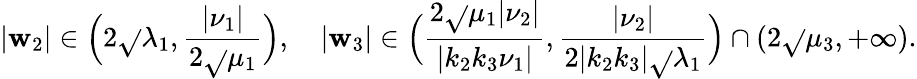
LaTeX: |\mathbf{w}_{2}|\in\Big(2\sqrt{}{{\lambda_{1}}},\frac{{|\nu_{1}|}}{{2\sqrt{}{{\mu_{1}}}}}\Big),\quad|\mathbf{w}_{3}|\in\Big(\frac{{2\sqrt{}{{\mu_{1}}}|\nu_{2}|}}{{|k_{2}k_{3}\nu_{1}|}},\frac{{|\nu_{2}|}}{{2|k_{2}k_{3}|\sqrt{}{{\lambda_{1}}}}}\Big)\cap(2\sqrt{}{{\mu_{3}}},+\infty).